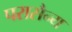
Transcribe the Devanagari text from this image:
परासैन्य